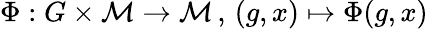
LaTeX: \Phi:G\times\mathcal M\rightarrow\mathcal M\, ,\, (g,x)\mapsto\Phi(g,x)